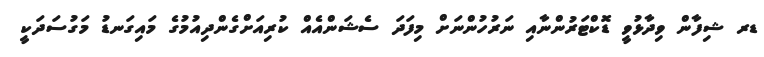
ޑރ ޝިފާން ވިދާޅުވީ ޑޮކްޓަރުންނާއި ނަރުހުންނަށް މިފަދަ ސެޝަންއެއް ކުރިއަށްގެންދިއުމުގެ މައިގަނޑު މަގުސަދަކީ